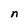
Character: n